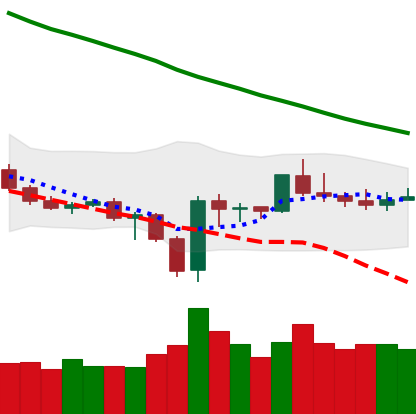
Ticker: BTC-USD
Chart end date: 2019-12-28
Forward return: -4.544%
Label: down_3_5